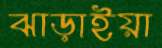
ঝাড়াইয়া